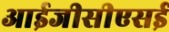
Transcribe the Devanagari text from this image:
आईजीसीएसई